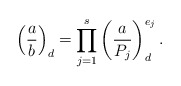
\begin{align*}\left(\frac{a}{b}\right)_d = \prod_{j = 1}^s \left(\frac{a}{P_j}\right)_d^{e_j}.\end{align*}